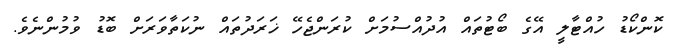
ކޮންކޯޑު ހުއްޓާލީ އޭގެ ބޯޓުތައް އުދުއްސުމަށް ކުރަންޖެހޭ ޚަރަދުތައް ނުކަތާވަރަށް ބޮޑު ވުމުންނެވެ.